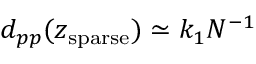
d _ { p p } ( z _ { \mathrm { s p a r s e } } ) \simeq k _ { 1 } N ^ { - 1 }